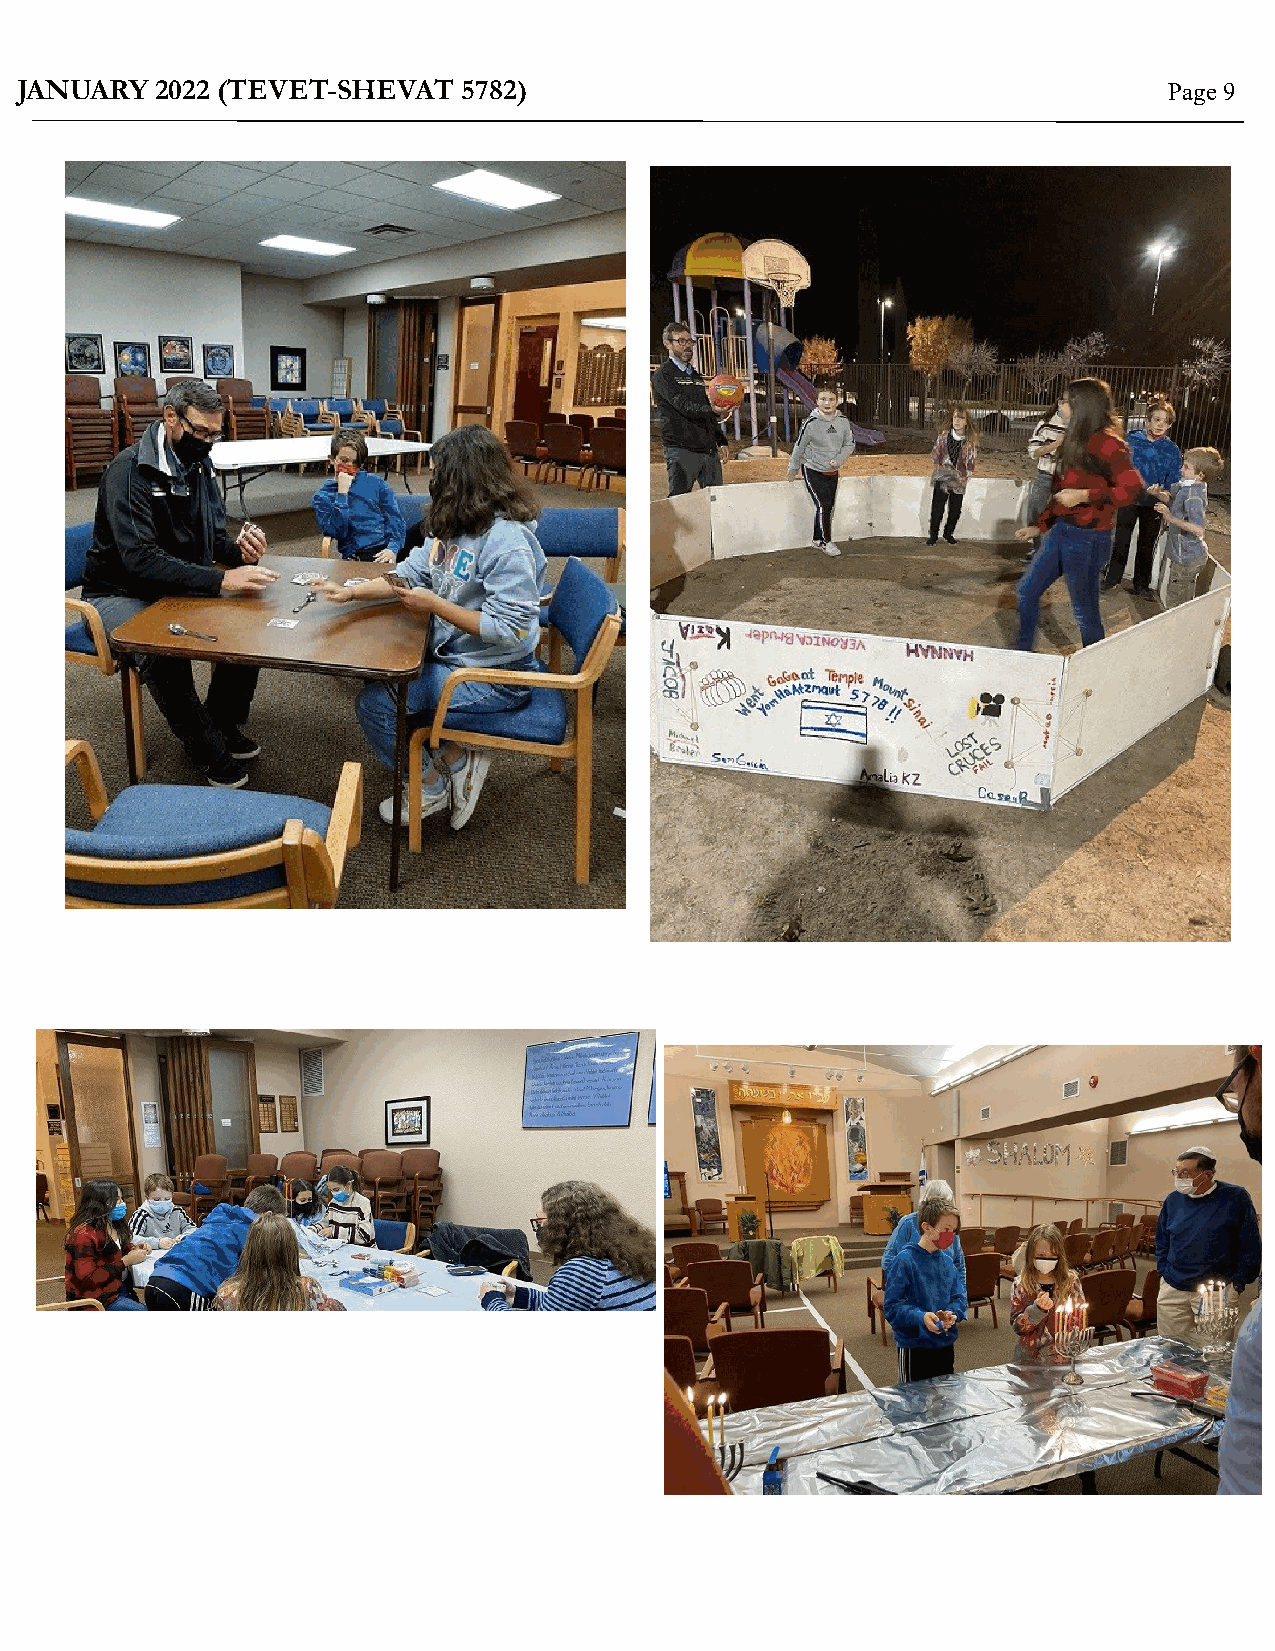
JANUARY  2022 (TEVET-SHEVAT   5782)                                         Page 9